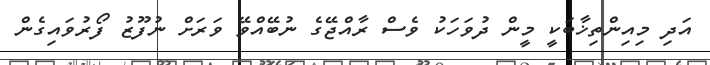
އަދި މިއިންތިޚާބަކީ މީން ދުވަހަކު ވެސް ރާއްޖޭގެ ނުބޭއްވޭ ވަރަށް ނުފޫޒު ފޯރުވައިގެން